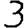
Digit: 3